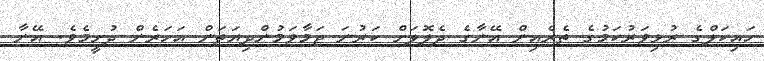
ހައިކަލްގެ ރުޅިވަރުކަމުގެ ތެރެއިން އޭނާގެ ދެލޮލަށް ކަރުނަ ޖަމާވަމުންދިޔަތަން އަހަރެން ދުށީމެވެ. އޭނާ